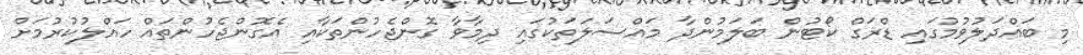
މި ބައްދަލުވުމުގައި ޑްރަގް ކޯޓުން ބަލަމުންދާ މައްސަލަތަކުގައި ދިމާވާ ގޮންޖެހުންތަކާއި އެގޮންޖެހުންތައް ހައްލުކުރުމަށް